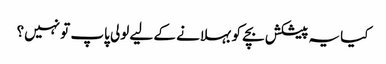
کیا یہ پیشکش بچے کو بہلانے کے لیے لولی پاپ تو نہیں؟